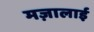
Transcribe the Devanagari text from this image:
मज़ालाई